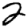
Digit: 2